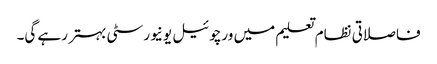
فاصلاتی نظام تعلیم میں ورچوئیل یونیورسٹی بہتر رہے گی۔